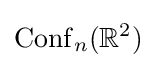
\operatorname {Conf} _{n}(\mathbb {R} ^{2})